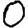
Digit: 0